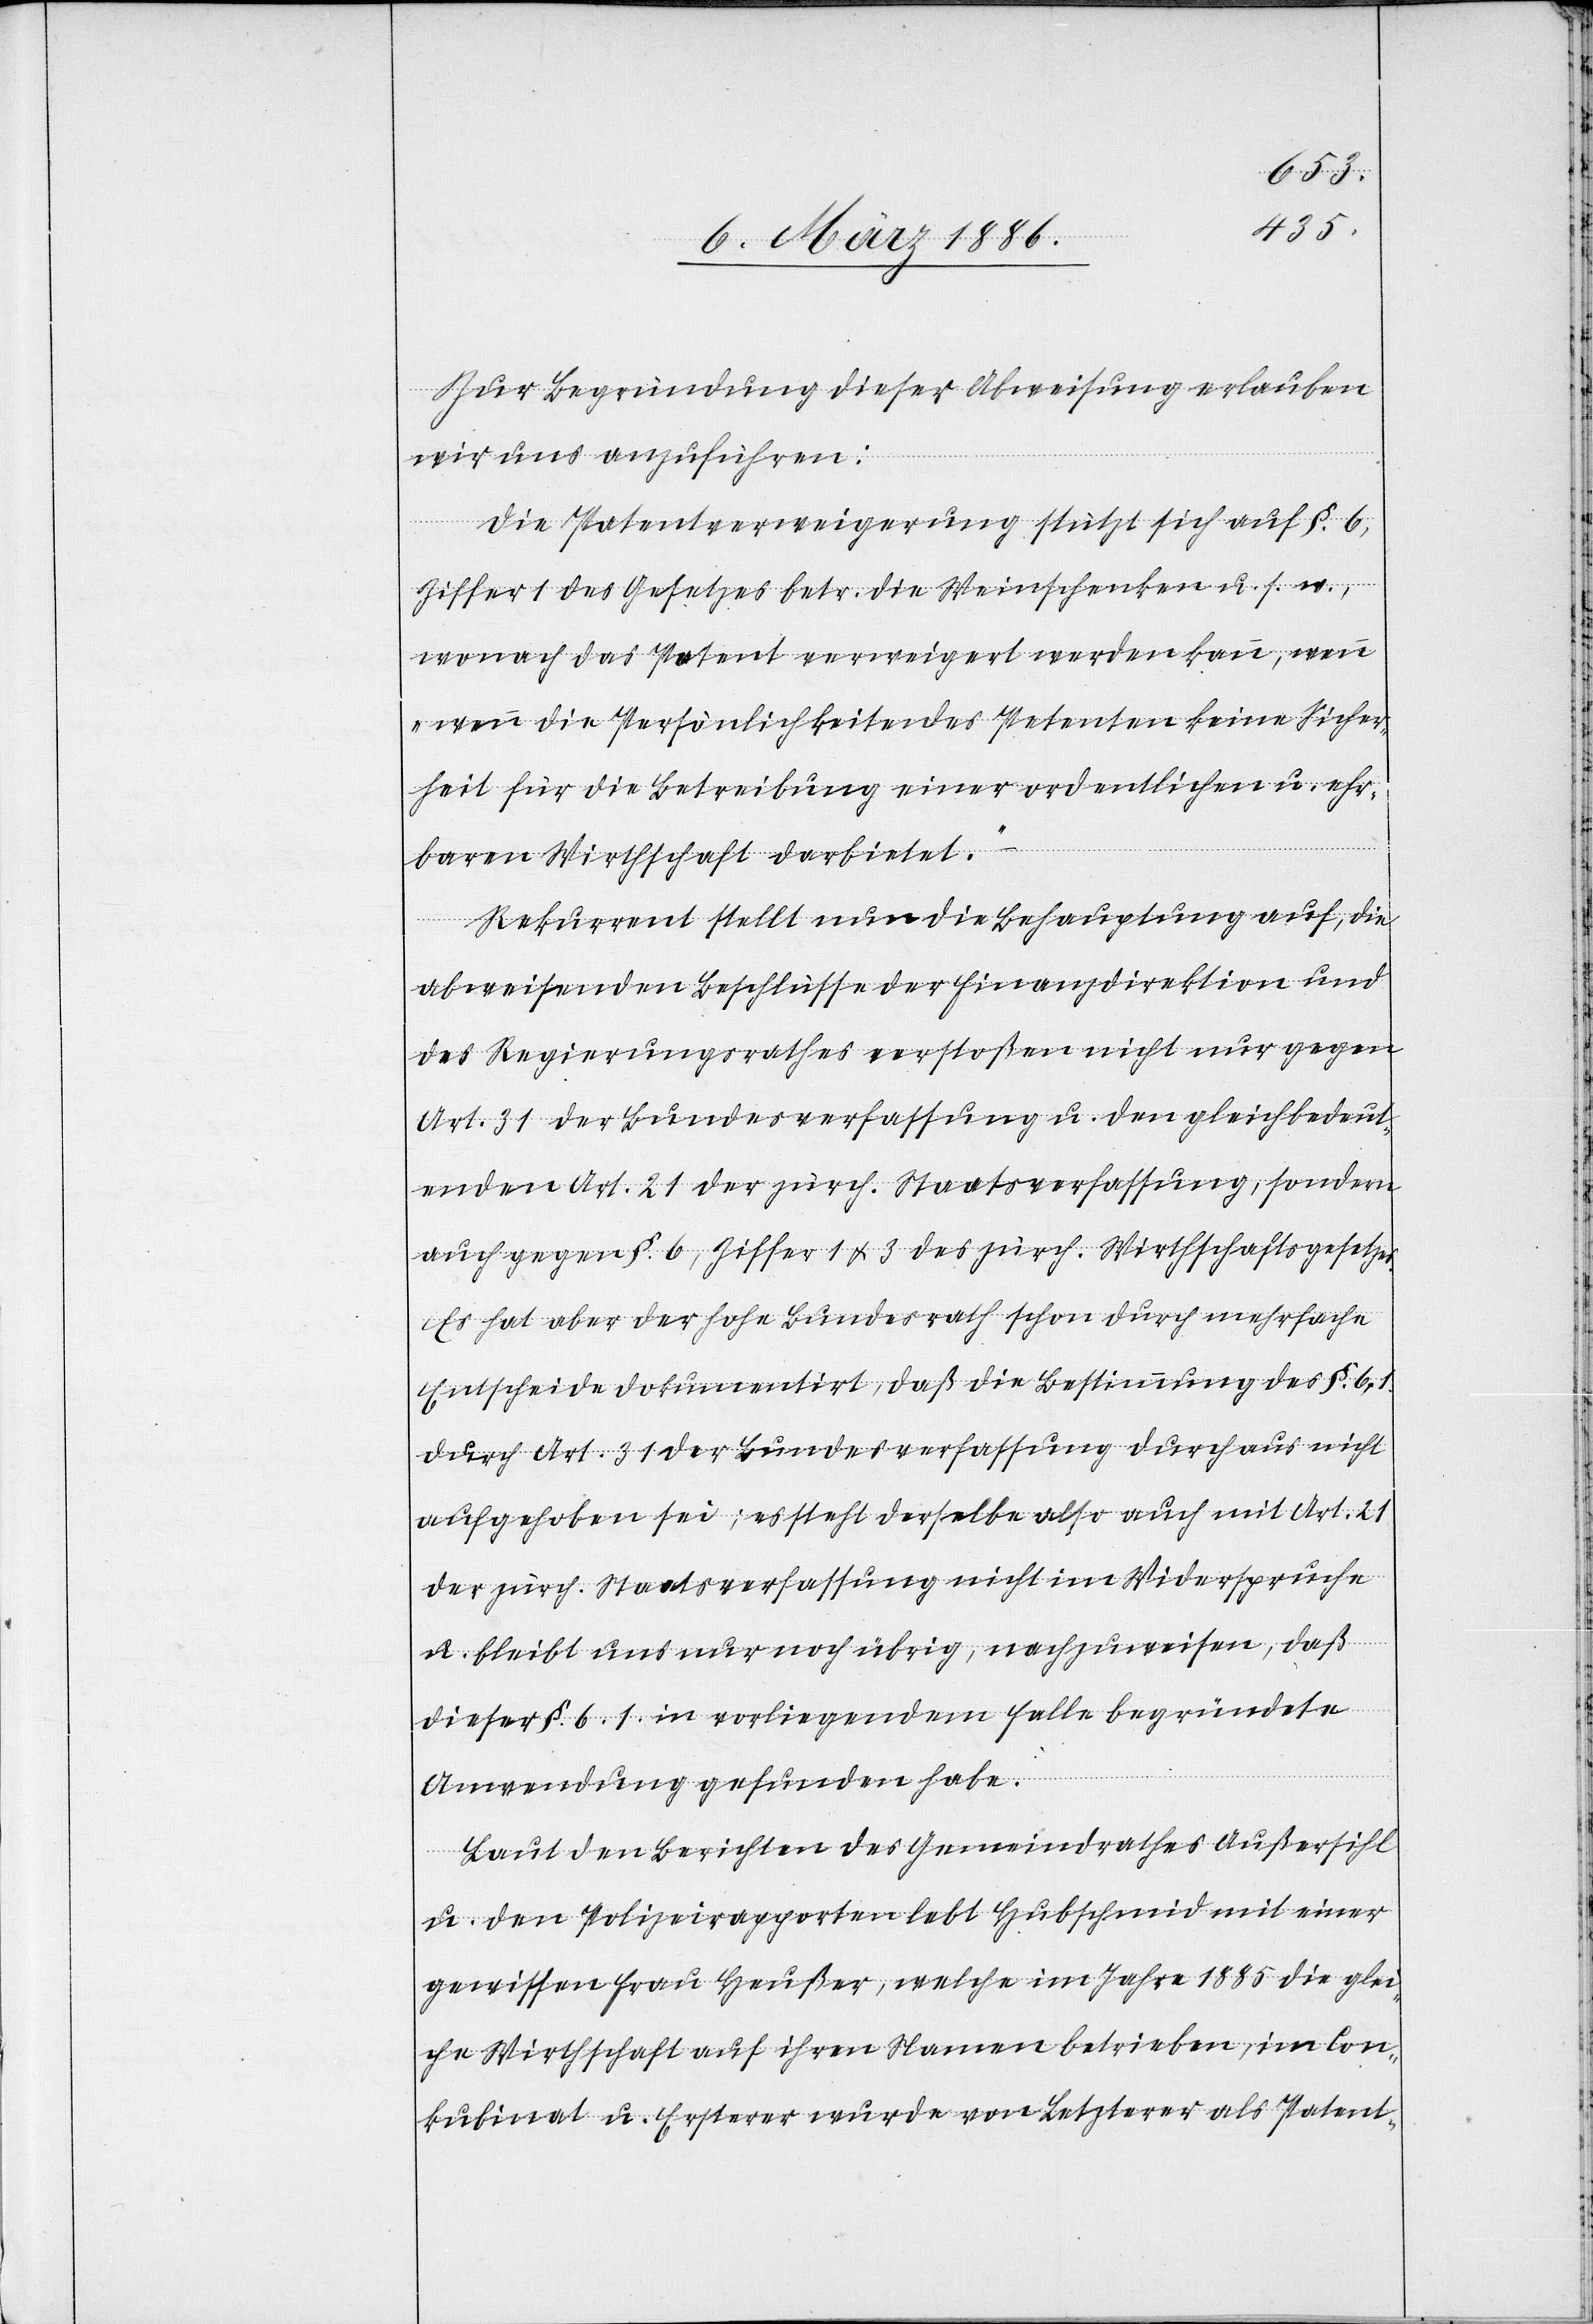
Zur Begründung dieser Abweisung erlauben
wir uns anzuführen:
Die Patentverweigerung stützt sich auf §. 6,
Ziffer 1 des Gesetzes betr. die Weinschenken u. s. w.,
wonach das Patent verweigert werden kann,
„wenn die Persönlichkeit des Petenten keine Sicher¬
heit für die Betreibung einer ordentlichen u. ehr¬
baren Wirtschaft darbietet.“
–
Rekurrent stellt nun die Behauptung auf, die
abweisenden Beschlüsse der Finanzdirektion und
des Regierungsrathes verstoßen nicht nur gegen
Art. 31 der Bundesverfassung u. den gleichbedeut¬
enden Art. 21 der zürch. Staatsverfassung, sondern
auch gegen §. 6, Ziffer 1 & 3 des zürch. Wirthschaftsgesetzes.
Es hat aber der hohe Bundesrath schon durch mehrfache
Entscheide dokumentirt, daß die Bestimmung des §. 6,1
durch Art. 31 der Bundesverfassung durchaus nicht
aufgehoben sei; es steht derselbe also auch mit Art. 21
der zürch. Staatsverfassung nicht im Widerspruche
u. bleibt uns nur noch übrig, nachzuweisen, daß
dieser §. 6.1 in vorliegendem Falle begründete
Anwendung gefunden habe.
Laut den Berichten des Gemeinderathes Außersihl
u. den Polizeirapporten lebt Hubschmid mit einer
gewissen Frau Heußer, welche im Jahre 1885 die glei¬
che Wirthschaft auf ihren Namen betrieben, im Con¬
kubinat u. Ersterer wurde von Letzterer als Patent-